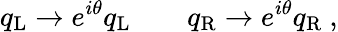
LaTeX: q_{\mathrm{{L}}}\rightarrow e^{i\theta}q_{\mathrm{{L}}}\qquad q_{\mathrm{{R}}}\rightarrow e^{i\theta}q_{\mathrm{{R}}}~,